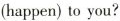
(happen) to you?